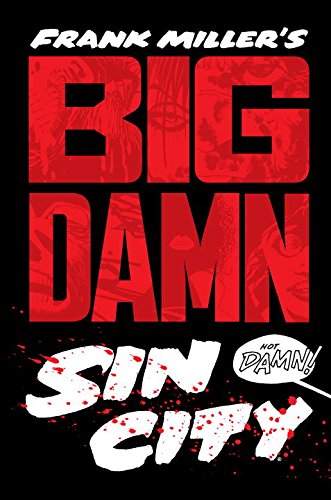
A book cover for Big Damn Sin City; Frank Miller; Comics & Graphic Novels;